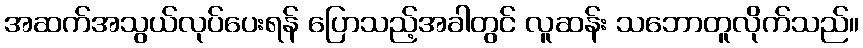
အဆက်အသွယ်လုပ်ပေးရန် ပြောသည့်အခါတွင် လူဆန်း သဘောတူလိုက်သည်။